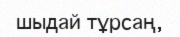
шыдай тұрсаң,